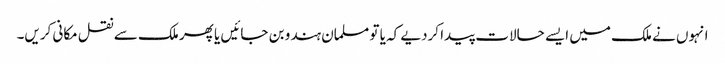
انہوں نے ملک میں ایسے حالات پیدا کردیے کہ یا تو مسلمان ہندو بن جائیں یا پھر ملک سے نقل مکانی کریں۔